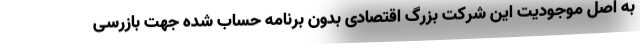
به اصل موجودیت این شرکت بزرگ اقتصادی بدون برنامه حساب شده جهت بازرسی